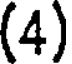
(4)